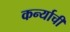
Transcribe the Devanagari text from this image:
कर्न्याची